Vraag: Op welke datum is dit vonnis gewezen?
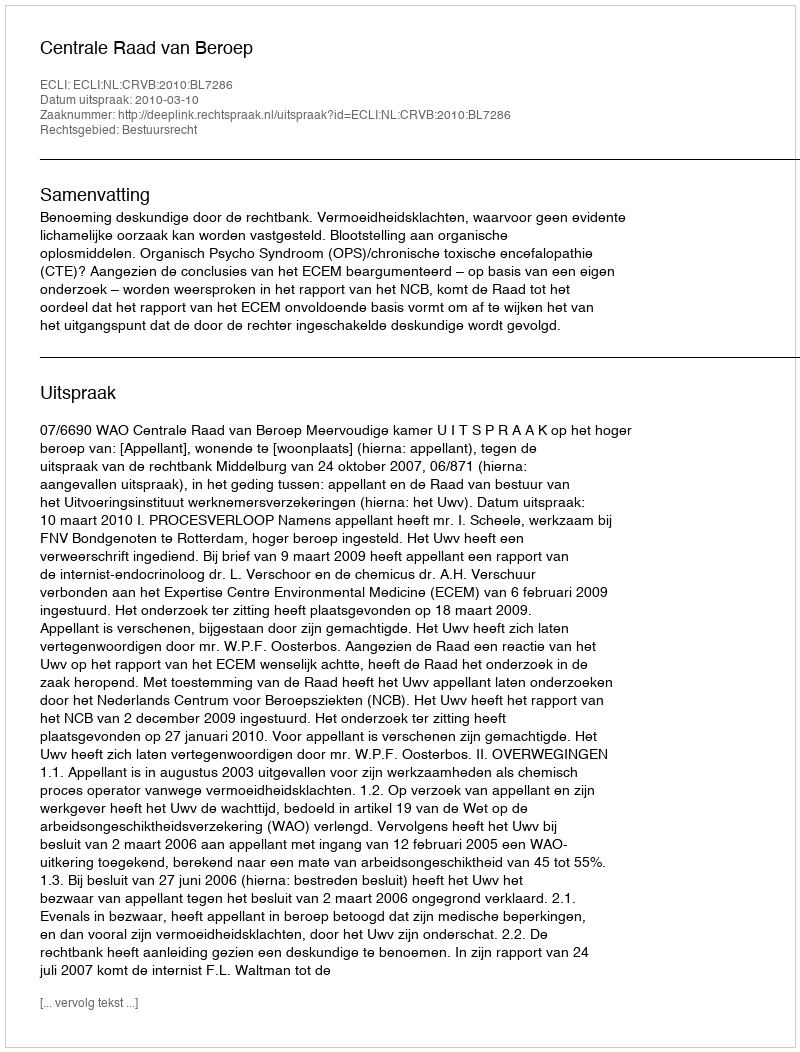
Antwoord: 2010-03-10